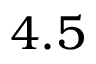
4 . 5